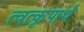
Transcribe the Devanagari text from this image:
त्वत्कृपार्थं